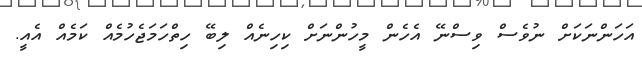
އަހަންނަކަށް ނުވެސް ވިސްނޭ އެހެން މީހުންނަށް ކިހިނެއް ލިބޭ ހިތްހަމަޖެހުމެއް ކަމެއް އެއީ.